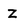
Character: z